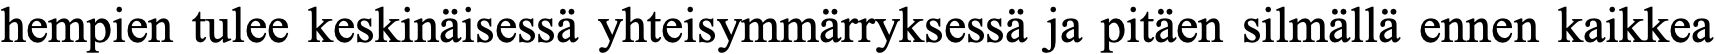
hempien tulee keskinäisessä yhteisymmärryksessä ja pitäen silmällä ennen kaikkea